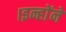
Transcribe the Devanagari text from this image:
।इन्हाेंने